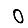
Digit: 0